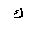
Letter: _kaf